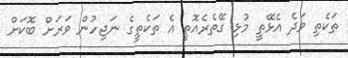
ތަކެތި ވަދެ އެޅޭތީ މުޅި ގޭތެރެއޮތީ އެ ތަކެތީގެ ނަޖިހުން ވަރަށް ބޮކަށް